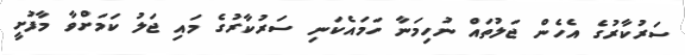
ސަރުކާރުގެ އެހެން ޖަލުތައް ނުހިމަނާ ހަމައެކަނި ސަރުކާރުގެ މައި ޖަލު ކަމަށްވާ މާފުށީ